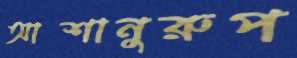
আশানুরুপ